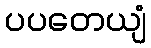
ပပတေယျံ